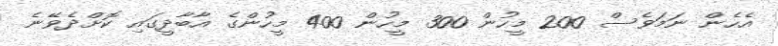
އެހެން ނަމަވެސް 200 މީހުން 300 މީހުން 400 މީހުންގެ އާބާދީގައި ކޮށްދެވޭނެ